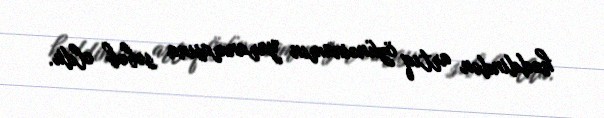
həddindən artıq özünəinamın yaranmasına səbəb oldu.